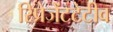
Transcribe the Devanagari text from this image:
रिप्रेजेंटटेटीव